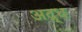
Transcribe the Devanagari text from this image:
अद्र्ध